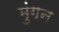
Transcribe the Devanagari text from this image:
मुंगन